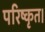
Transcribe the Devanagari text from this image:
परिष्कृत।